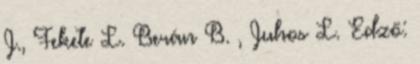
J., Fekete L. Berán B. , Juhos L. Edző: